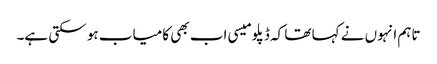
تاہم انہوں نے کہا تھا کہ ڈپلومیسی اب بھی کامیاب ہو سکتی ہے۔